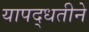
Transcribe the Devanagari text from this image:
यापद्धतीने